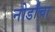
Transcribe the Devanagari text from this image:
नोर्डांचा